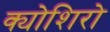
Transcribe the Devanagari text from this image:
क्योशिरो